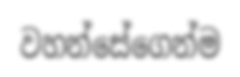
වහන්සේගෙන්ම